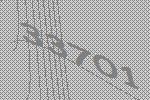
33701